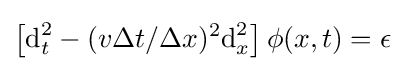
\left[{\text{d}}_{t}^{2}-(v\Delta t/\Delta x)^{2}{\text{d}}_{x}^{2}\right]\phi (x,t)=\epsilon